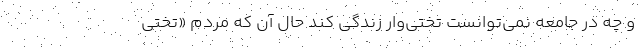
و چه در جامعه نمی‌توانست تختی‌وار زندگی کند حال آن که مردم «تختیِ